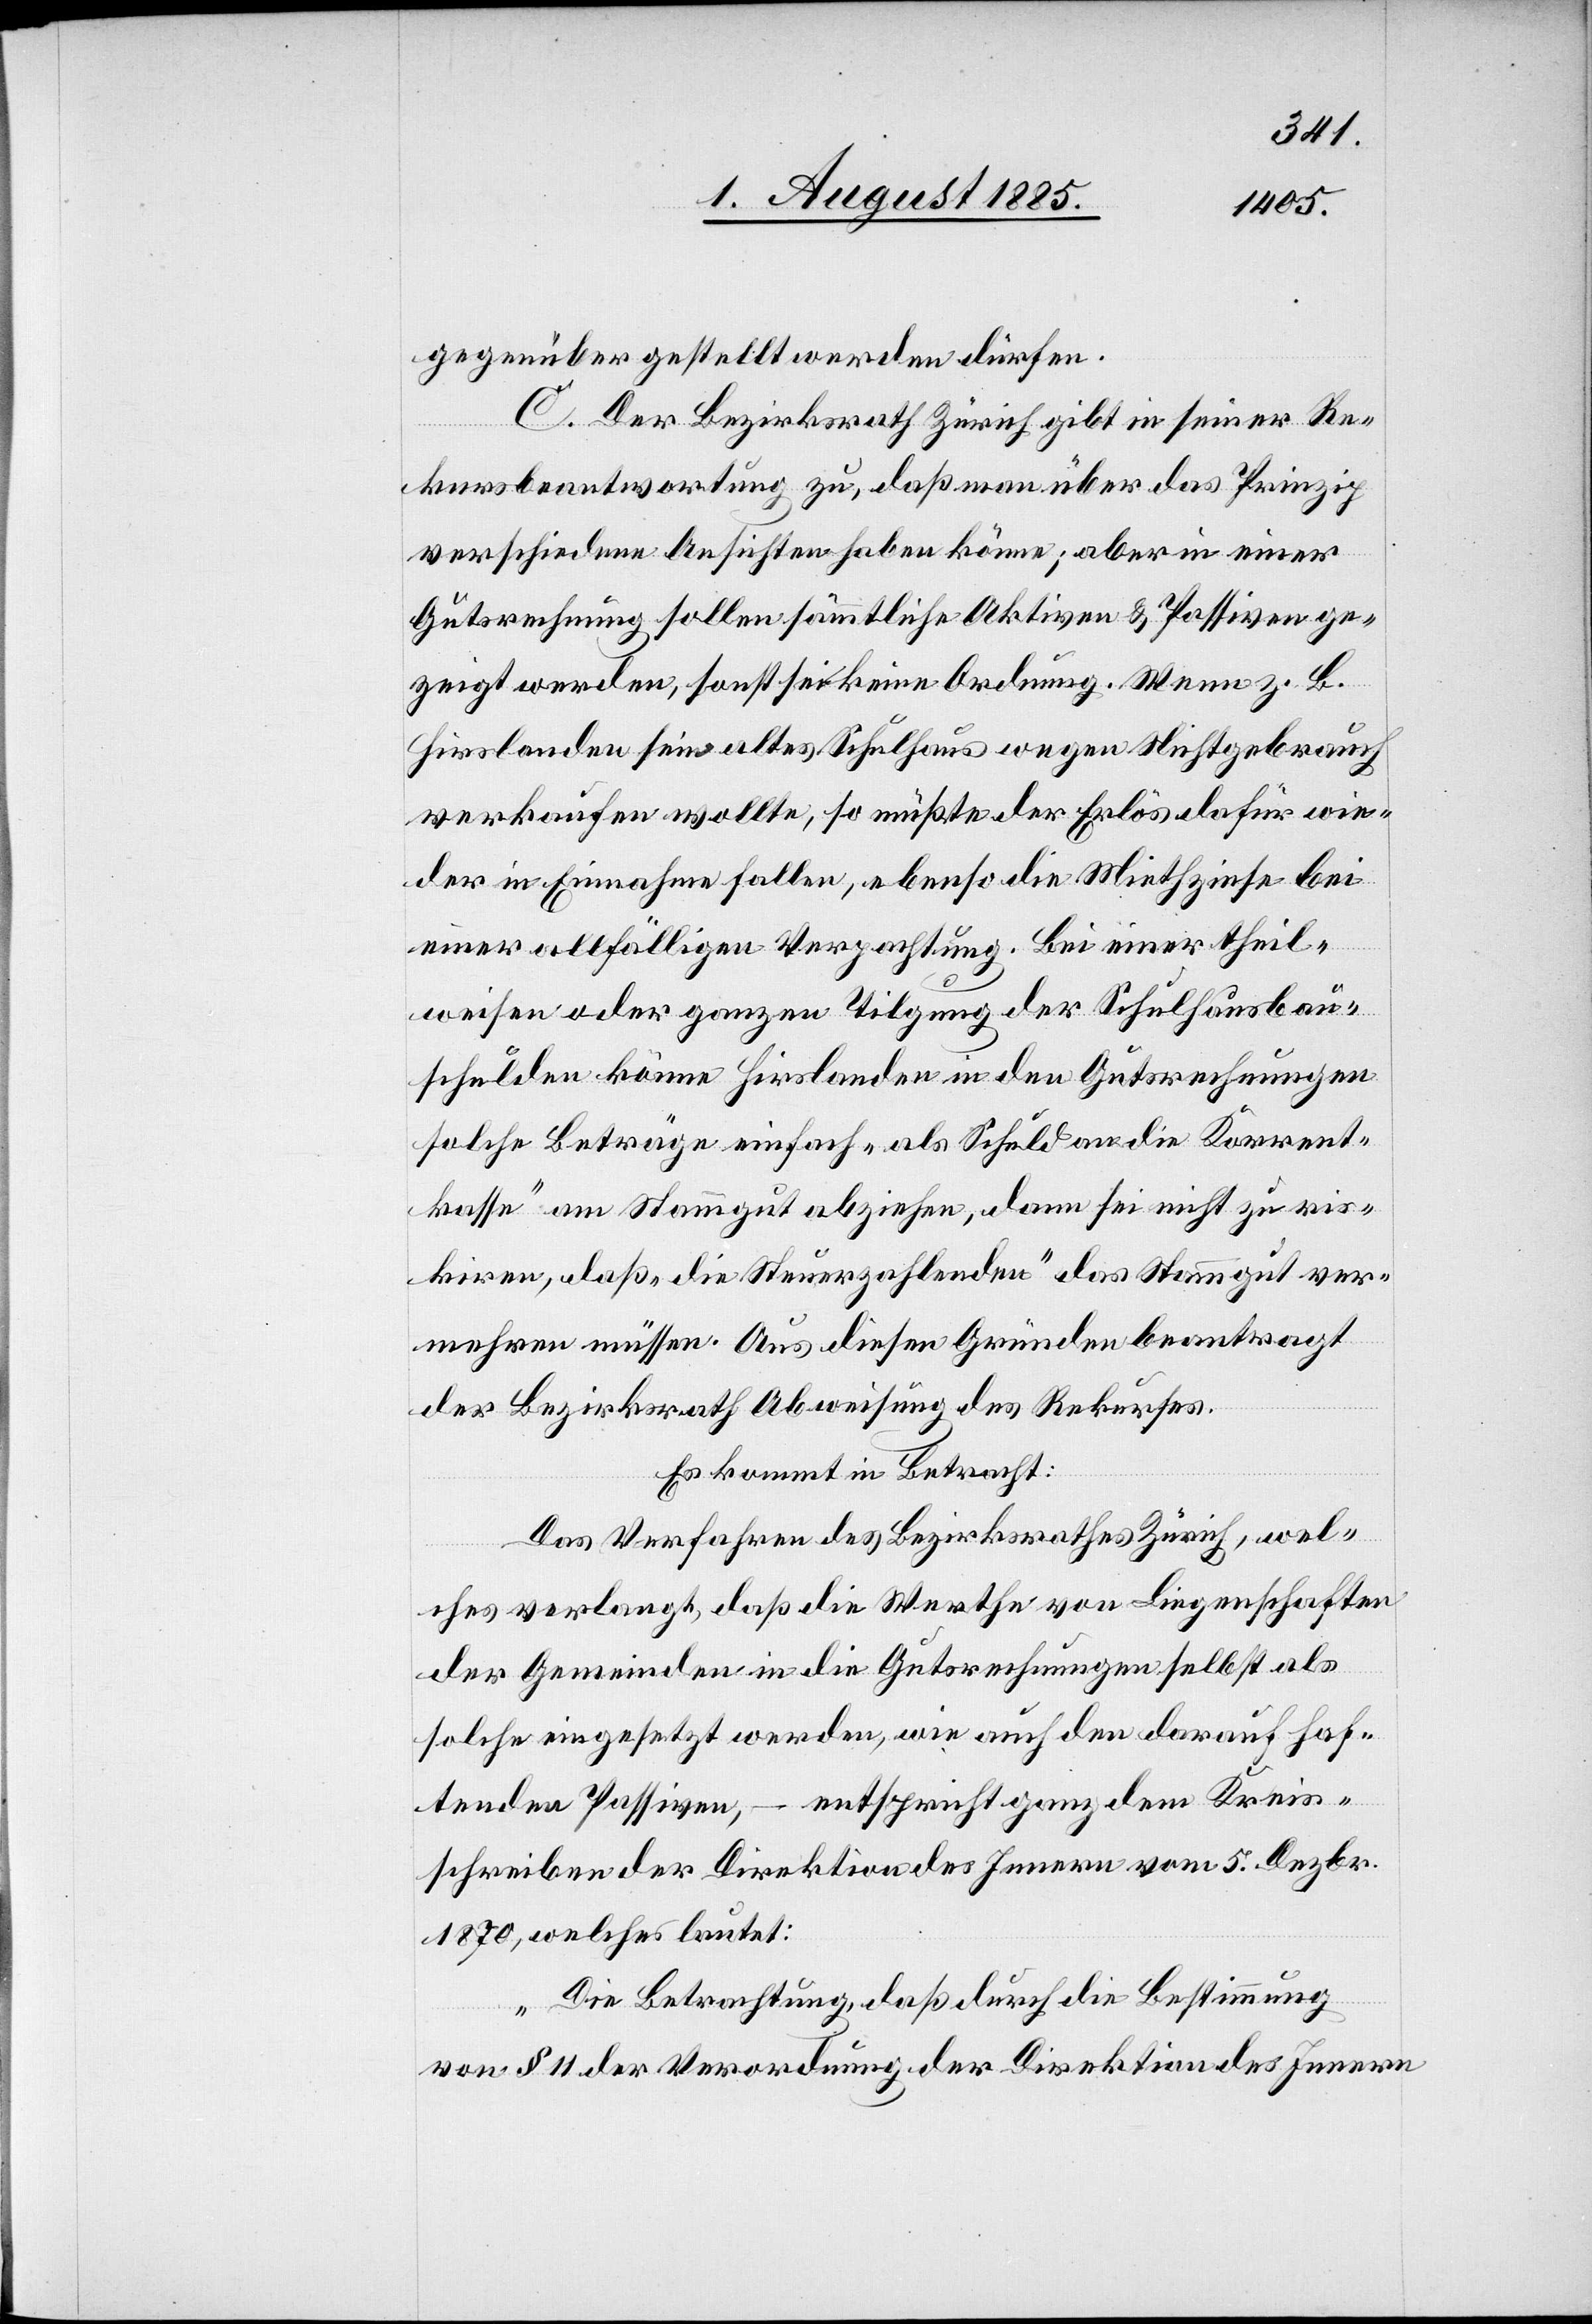
gegenüber gestellt werden dürfen.
C. Der Bezirksrath Zürich gibt in seiner Re¬
kursbeantwortung zu, daß man über das Prinzip
verschiedene Ansichten haben könne, aber in einer
Gutsrechnung sollen sämmtliche Aktiven & Passiven ge¬
zeigt werden, sonst sei keine Ordnung. Wenn z. B.
Hirslanden sein altes Schulhaus wegen Nichtgebrauch
verkaufen wollte, so müßte der Erlös dafür wie¬
der in Einnahmen fallen, ebenso die Miethzinse bei
einer allfälligen Verpachtung. Bei einer theil¬
weisen oder ganzen Tilgung der Schulhausbau¬
schulden könne Hirslanden in den Gutsrechnungen
solche Beträge einfach „als Schuld an die Korrent¬
kasse“ am Stammgut abziehen, dann sei nicht zu ris¬
kiren, daß „die Steuerzahlenden“ das Stammgut ver¬
mehren müssen. Aus diesen Gründen beantragt
der Bezirksrath Abweisung des Rekurses.
Es kommt in Betracht:
Das Verfahren des Bezirksrathes Zürich, wel¬
ches verlangt, daß die Werthe von Liegenschaften
der Gemeinden in die Gutsrechnungen selbst als
solche eingesetzt werden, wie auch den darauf haf¬
tenden Passiven, – entspricht ganz dem Kreis¬
schreiben der Direktion des Innern vom 5. Dezbr.
1870, welches lautet:
„Die Betrachtung, daß durch die Bestimmung
von § 11 der Verordnung der Direktion des Innern